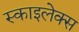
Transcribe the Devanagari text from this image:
स्काइलेक्स